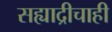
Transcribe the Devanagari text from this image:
सह्याद्रीचाही